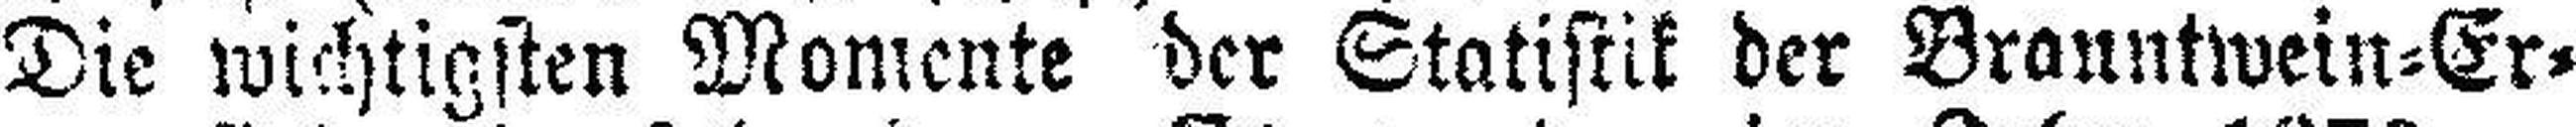
Die wichtigsten Momente der Statistik der Branntwein=Er¬